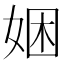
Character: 𫰯